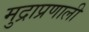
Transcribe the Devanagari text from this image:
मुद्राप्रणाली